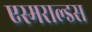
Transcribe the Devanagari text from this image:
एस्मराल्डस